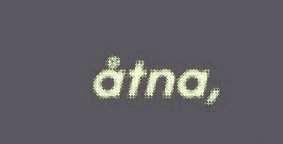
åtna,